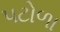
પટોળા